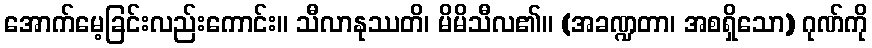
အောက်မေ့ခြင်းလည်းကောင်း။ သီလာနုဿတိ၊ မိမိသီလ၏။ (အခဏ္ဍတာ၊ အစရှိသော) ဂုဏ်ကို